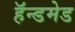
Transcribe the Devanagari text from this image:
हॅन्डमेड